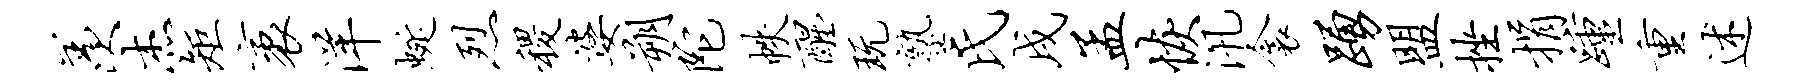
羡杰矩袤洋蜒烈稷婆朔陀帙醒玩塾氏戌孟恢汛衾踊盟挫捐踵重述